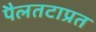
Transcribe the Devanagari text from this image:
पैलतटाप्रत